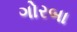
ગોરબા